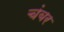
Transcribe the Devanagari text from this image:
चंबर